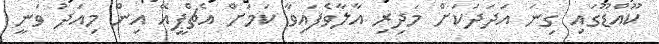
ކޫއްޑޫގައި ގިނަ އަދަދަކަށް މަދިރި އާލާވެފައިވާ ކަމަށް އެޗްޕީއޭ އިން މިއަދު ވަނީ